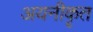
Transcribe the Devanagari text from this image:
अयनीकृत